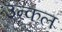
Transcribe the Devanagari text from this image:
उन्कल